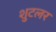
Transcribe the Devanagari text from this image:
शुटलर